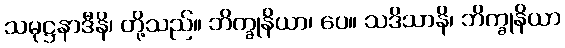
သမုဋ္ဌနာဒီနိ၊ တို့သည်။ ဘိက္ခုနိယာ၊ ပေ။ သဒိသာနိ၊ ဘိက္ခုနိယာ